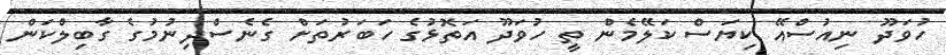
ހުވަދޫ ނިއުސްއޭ ކިޔަސް ކަލޭމެން ތީ ހުވަދޫ އަތޮޅުގެ ހަބަރުތަށް ގެނެސްދިނުމުގެ ގާބިލްކަން